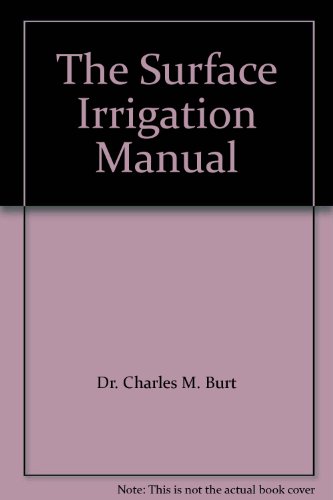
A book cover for The Surface Irrigation Manual; Dr. Charles M. Burt; Science & Math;